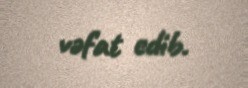
vəfat edib.